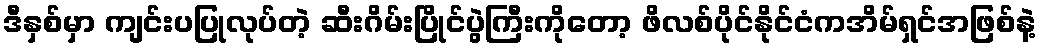
ဒီနှစ်မှာ ကျင်းပပြုလုပ်တဲ့ ဆီးဂိမ်းပြိုင်ပွဲကြီးကိုတော့ ဖိလစ်ပိုင်နိုင်ငံကအိမ်ရှင်အဖြစ်နဲ့